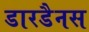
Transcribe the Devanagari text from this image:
डारडैनस